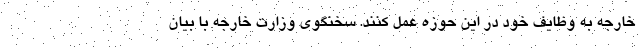
خارجه به وظایف خود در این حوزه عمل کنند. سخنگوی وزارت خارجه با بیان